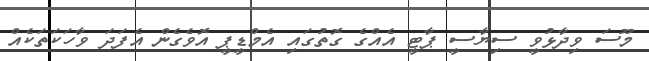
މޫސަ ވިދާޅުވީ ސިޔާސީ ޕާޓީ އެއްގެ ގޮތުގައި އެމްޑީޕީ އޮވެގެން އެފަދަ ވާހަކަތަކެއް